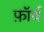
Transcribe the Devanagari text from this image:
फ़ाॅर्थ